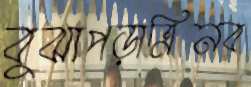
বুঝাপড়াত্রিনব